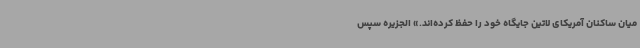
میان ساکنان آمریکای لاتین جایگاه خود را حفظ کرده‌اند.» الجزیره سپس